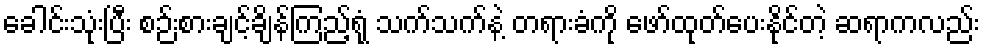
ခေါင်းသုံးပြီး စဉ်းစားချင့်ချိန်ကြည့်ရုံ သက်သက်နဲ့ တရားခံကို ဖော်ထုတ်ပေးနိုင်တဲ့ ဆရာကလည်း